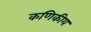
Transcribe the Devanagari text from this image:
कणिकीय